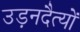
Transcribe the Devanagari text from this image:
उड़नदैत्यों